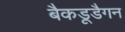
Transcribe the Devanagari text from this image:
बैकडूडैगन